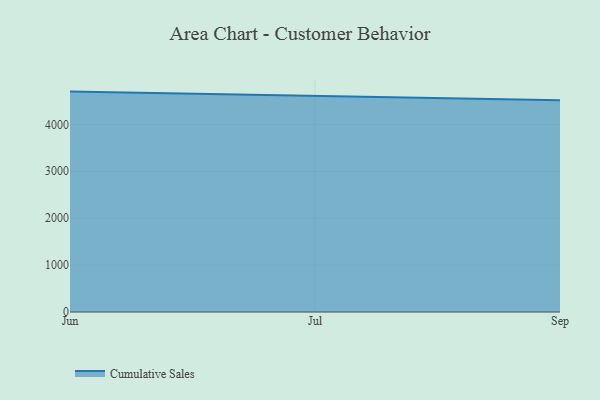
{"axis": {"x": "Month", "y": "Revenue (USD Million)"}, "legend": ["Cumulative Sales"], "data": [{"x": "Jun", "y": 4698.9, "type": "Cumulative Sales"}, {"x": "Jul", "y": 4609.2, "type": "Cumulative Sales"}, {"x": "Sep", "y": 4513.2, "type": "Cumulative Sales"}]}